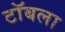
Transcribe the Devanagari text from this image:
टॉबला